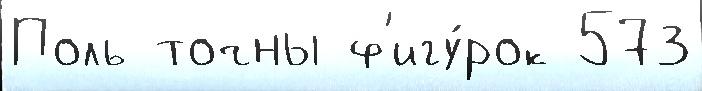
Поль точны ф'игу́рок 573